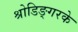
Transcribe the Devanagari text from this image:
श्रोडिङ्गरके